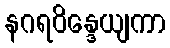
နဂရဝိန္ဒေယျကာ